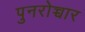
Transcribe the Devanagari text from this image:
पुनरोच्चार